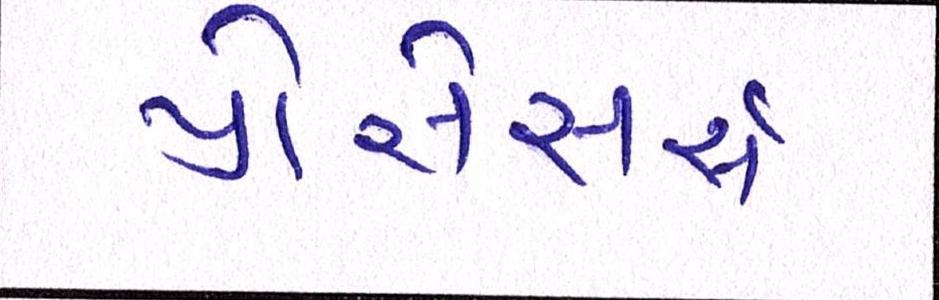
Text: પ્રોસેસર્સ